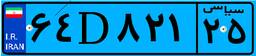
۲۹D۲۸۱۴۵